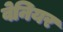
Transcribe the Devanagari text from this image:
वेनियर